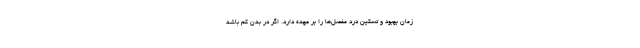
زمان بهبود و تسکین درد مفصل‌ها را بر عهده دارد. اگر در بدن کم باشد